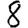
Digit: 8